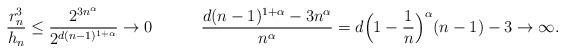
LaTeX: \begin{align*}\frac{r_{n}^{3}}{h_{n}} \leq \frac{2^{3n^{\alpha}}}{2^{d(n-1)^{1+\alpha}}} \to 0 \quad\quad\quad\frac{d(n-1)^{1+\alpha}-3n^{\alpha}}{n^{\alpha}} = d\Big{(}1-\frac{1}{n}\Big{)}^{\alpha}(n-1) - 3 \to \infty.\end{align*}